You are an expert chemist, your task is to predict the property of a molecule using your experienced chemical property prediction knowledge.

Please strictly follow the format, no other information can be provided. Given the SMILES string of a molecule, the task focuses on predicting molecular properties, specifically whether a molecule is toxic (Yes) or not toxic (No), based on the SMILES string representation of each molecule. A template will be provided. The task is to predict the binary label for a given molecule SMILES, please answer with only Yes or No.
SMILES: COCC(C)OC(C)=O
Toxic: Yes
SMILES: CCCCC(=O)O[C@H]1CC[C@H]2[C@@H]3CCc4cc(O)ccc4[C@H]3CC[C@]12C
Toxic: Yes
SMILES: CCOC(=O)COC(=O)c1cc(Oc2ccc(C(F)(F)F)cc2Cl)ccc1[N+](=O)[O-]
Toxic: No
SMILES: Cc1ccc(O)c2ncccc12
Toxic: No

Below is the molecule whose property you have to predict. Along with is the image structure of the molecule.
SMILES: O=Cc1ccccc1
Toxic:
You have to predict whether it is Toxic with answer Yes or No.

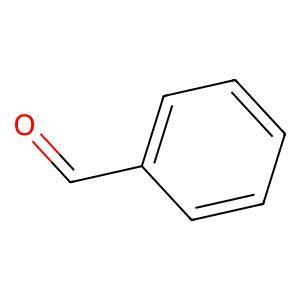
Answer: No